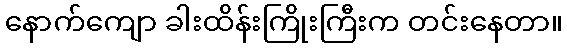
နောက်ကျော ခါးထိန်းကြိုးကြီးက တင်းနေတာ။